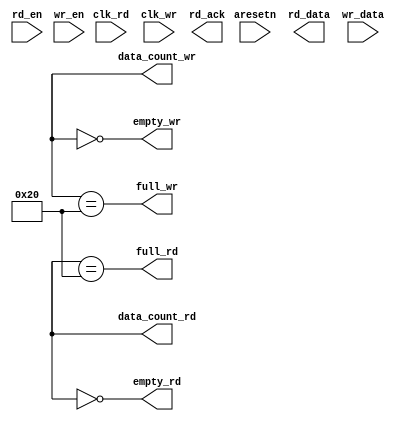
module fifo_async(
  clk_rd,
  clk_wr,
  aresetn,

  rd_data,
  rd_en,
  rd_ack,

  data_count_rd,
  full_rd,
  empty_rd,

  wr_data,
  wr_en,

  data_count_wr,
  full_wr,
  empty_wr
);
  parameter DATA_W = 8;
  parameter SIZE = 32;

  localparam POINTER_W = $clog2(SIZE);

  input clk_rd;
  input clk_wr;
  input aresetn;

  output [DATA_W - 1:0] rd_data;
  input rd_en;
  output rd_ack;

  output reg [POINTER_W:0] data_count_rd;
  output full_rd;
  output empty_rd;

  input [DATA_W - 1:0] wr_data;
  input wr_en;

  output reg [POINTER_W:0] data_count_wr;
  output full_wr;
  output empty_wr;

  // All synchronus to clk_wr
  reg [DATA_W - 1:0] data [0:SIZE - 1];
  reg [POINTER_W - 1:0] head;
  reg [POINTER_W - 1:0] tail;

  reg rd_en_sync0;
  reg rd_en_sync1;

  // Full and empty signals synchronous to clk_rd
  assign full_rd = data_count_rd == SIZE;
  assign empty_rd = data_count_rd == 0;

  // Full and empty signals synchronous to clk_wr
  assign full_wr = data_count_wr == SIZE;
  assign empty_wr = data_count_wr == 0;

  integer i;
  always@(posedge clk_wr, negedge aresetn) begin
    if(aresetn == 0) begin
      for(i = 0; i < SIZE; i = i + 1) begin
        data[i] <= 0;
      end

      head <= 0;
      tail <= 0;
    end else begin
      rd_en_sync0 <= rd_en;
      rd_en_sync1 <= rd_en_sync0;

      if(rd_en_sync1 == 1) begin

      end
    end
  end

  always@(posedge clk_rd, negedge aresetn) begin
    if(aresetn == 0) begin

    end else begin

    end
  end

endmodule